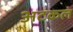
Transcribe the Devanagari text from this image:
अटकलं